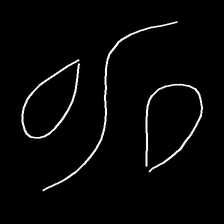
Glyph: water